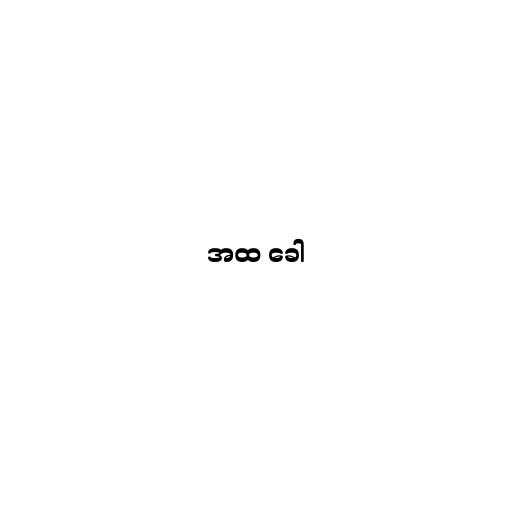
အထ ခေါ